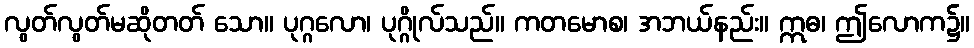
လွတ်လွတ်မဆိုတတ် သော။ ပုဂ္ဂလော၊ ပုဂ္ဂိုလ်သည်။ ကတမောစ၊ အဘယ်နည်း။ ဣဓ၊ ဤလောက၌။